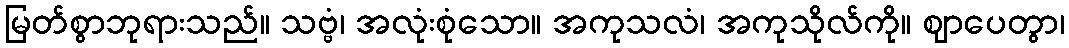
မြတ်စွာဘုရားသည်။ သဗ္ဗံ၊ အလုံးစုံသော။ အကုသလံ၊ အကုသိုလ်ကို။ ဈာပေတွာ၊